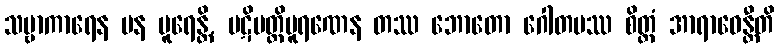
သဗ္ဗာကာရေန ပန ပူရေန္တိ, ပဋိပတ္တိပူရဏေန တဿ ဘောတော ဂေါတမဿ စိတ္တံ အာရာဓေန္တီတိ